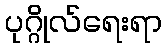
ပုဂ္ဂိုလ်ရေးရာ